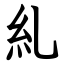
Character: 糺